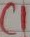
Text: C1